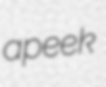
apeek